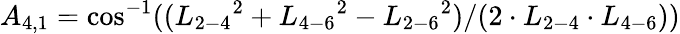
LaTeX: {A_{4,1}}=\cos^{-1}(({L_{2-4}}^{2}+{L_{4-6}}^{2}-{L_{2-6}}^{2})/(2\cdot{L_{2-4}}\cdot{L_{4-6}}))